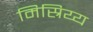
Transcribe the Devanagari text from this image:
मिस्रिय्य